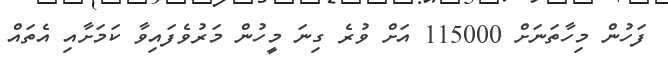
ފަހުން މިހާތަނަށް 115000 އަށް ވުރެ ގިނަ މީހުން މަރުވެފައިވާ ކަމަށާއި އެތައް